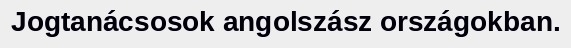
Jogtanácsosok angolszász országokban.